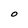
Character: O